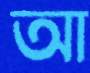
আ